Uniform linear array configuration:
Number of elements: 12
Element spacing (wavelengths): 0.5
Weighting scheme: hann
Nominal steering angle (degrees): -15
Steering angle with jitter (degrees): -16.043
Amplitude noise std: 0.05
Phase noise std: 0.05

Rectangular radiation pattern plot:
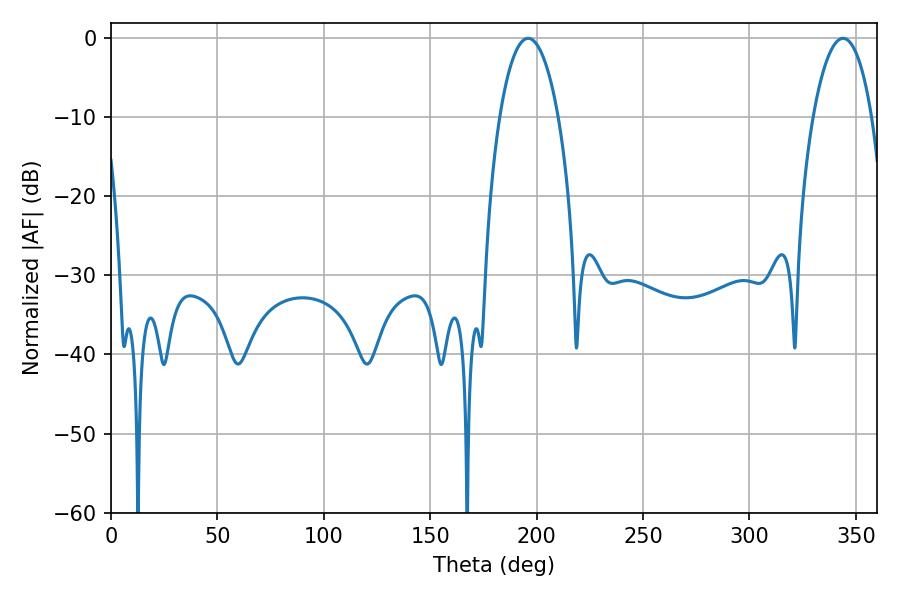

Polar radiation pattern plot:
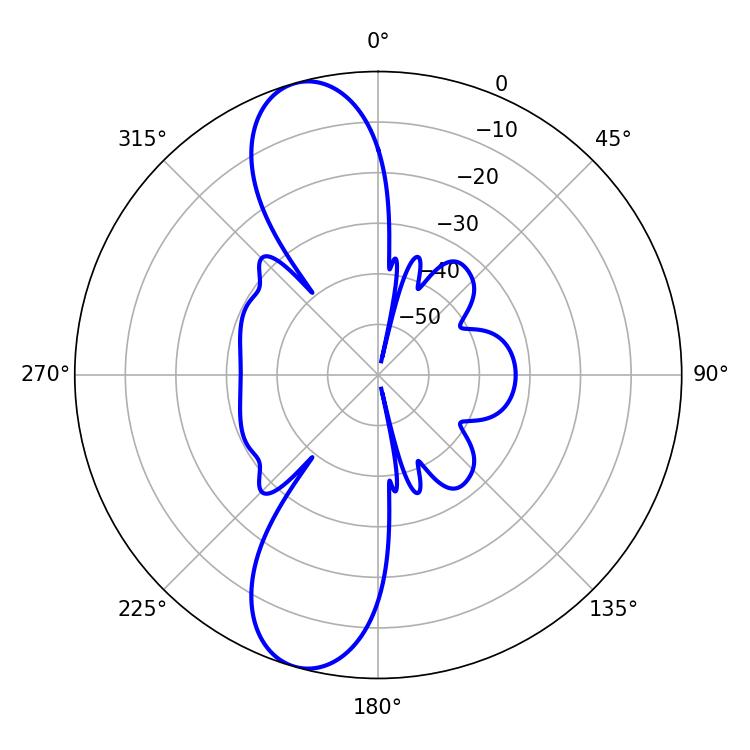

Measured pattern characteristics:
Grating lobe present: FALSE
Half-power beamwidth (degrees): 15.48
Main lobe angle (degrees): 196.02